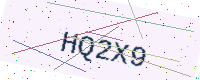
Text: HQ2X9